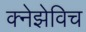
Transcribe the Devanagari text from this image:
क्नेझेविच